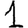
Digit: 1